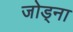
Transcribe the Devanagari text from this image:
जोड्ना